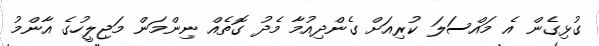
ގުޅިގެން އެ މައްސަލަ ކުރިއަށް ގެންދިއުމާ މެދު ގޮތެއް ނިންމަން މަޖިލީހުގެ އާންމު